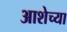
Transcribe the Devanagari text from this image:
आशेच्या